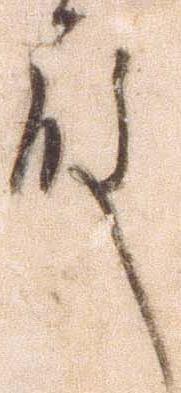
殿